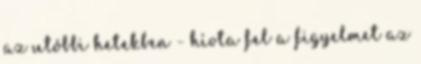
az utóbbi hetekben - hívta fel a figyelmet az